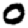
Digit: 0